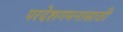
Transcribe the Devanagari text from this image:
परदेशगमनासाठी